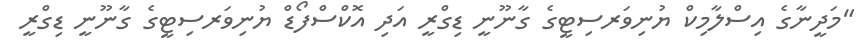
"މަދީނާގެ އިސްލާމިކް ޔުނިވަރސިޓީގެ ގާނޫނީ ޑިގްރީ އަދި އޮކްސްފޯޑް ޔުނިވަރސިޓީގެ ގާނޫނީ ޑިގްރީ